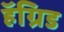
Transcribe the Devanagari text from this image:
हॅग्रिड